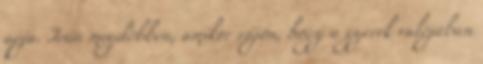
apja. Irán megdöbben, amikor rájön, hogy a gyerek valójában